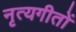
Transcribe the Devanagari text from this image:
नृत्यगीतों